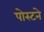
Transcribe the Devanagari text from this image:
पोस्टने